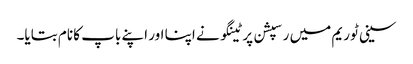
سینی ٹوریم میں رسپشن پر ٹینگو نے اپنا اور اپنے باپ کا نام بتایا۔